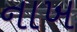
નાખ